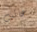
غائب